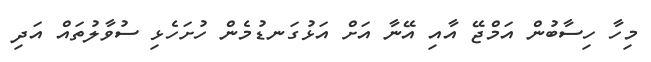
މިހާ ހިސާބުން އަމްޖޭ އާއި އޭނާ އަށް އަޅުގަނޑުމެން ހުށަހެޅި ސުވާލުތައް އަދި